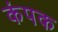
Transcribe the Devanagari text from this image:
कंपक